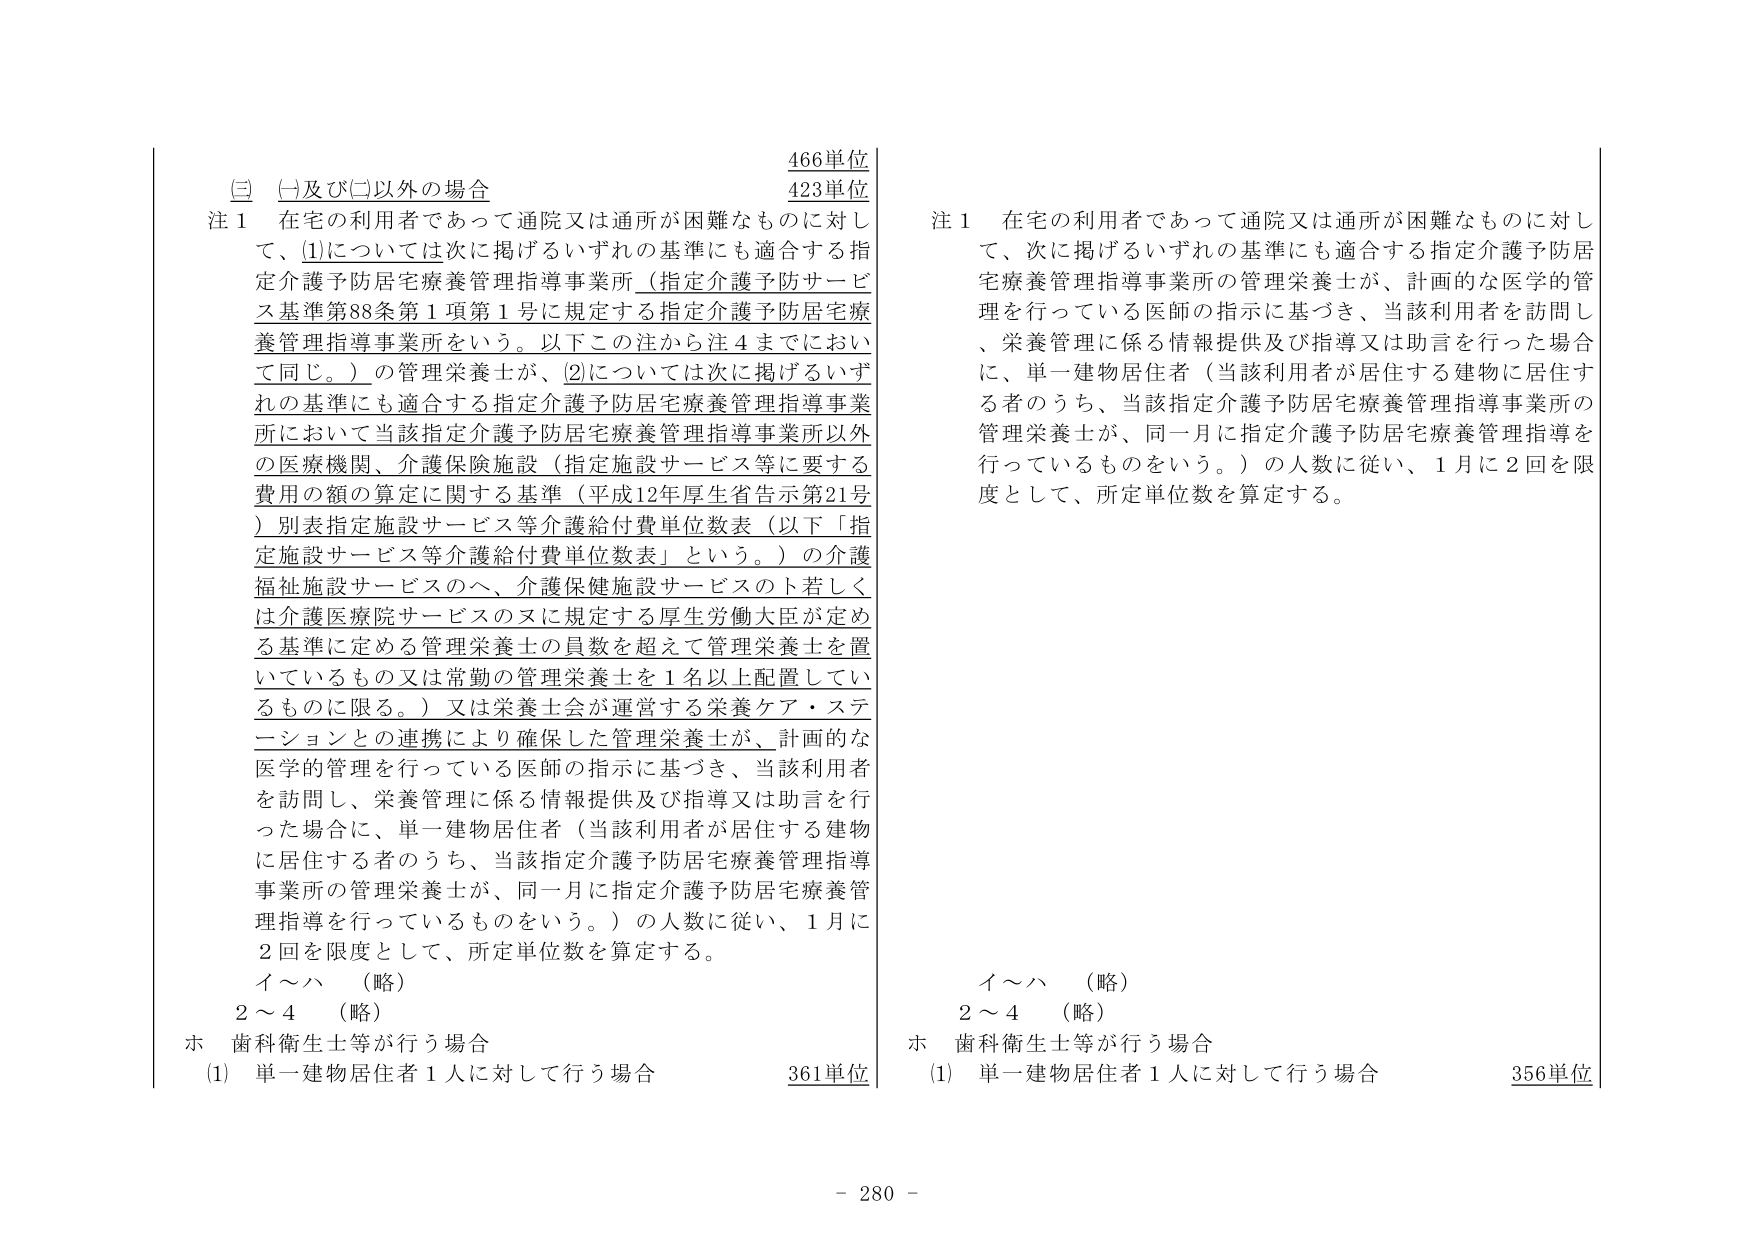
(三) (一及び二以外の場合)

注１ 在宅の利用者であって通院又は通所が困難なものに対して、(1)については次に掲げるいずれの基準にも適合する指定介護予防居宅療養管理指導事業所（指定介護予防サービス基準第88条第1項第1号に規定する指定介護予防居宅療養管理指導事業所をいう。以下この注から注4までにおいて同じ。）の管理栄養士が、(2)については次に掲げるいずれの基準にも適合する指定介護予防居宅療養管理指導事業所において当該指定介護予防居宅療養管理指導事業所以外の医療機関、介護保険施設（指定施設サービス等に要する費用の額の算定に関する基準（平成12年厚生省告示第21号）別表指定施設サービス等介護給付費単位数表（以下「指定施設サービス等介護給付費単位数表」という。）の介護福祉施設サービスのへ、介護保健施設サービスのト若しくは介護医療院サービスのヌに規定する厚生労働大臣が定める基準に定める管理栄養士の員数を超えて管理栄養士を置いているもの又は常勤の管理栄養士を1名以上配置しているものに限る。）又は栄養士会が運営する栄養ケア・ステーションとの連携により確保した管理栄養士が、計画的な医学的管理を行っている医師の指示に基づき、当該利用者を訪問し、栄養管理に係る情報提供及び指導又は助言を行った場合に、単一建物居住者（当該利用者が居住する建物に居住する者のうち、当該指定介護予防居宅療養管理指導事業所の管理栄養士が、同一月に指定介護予防居宅療養管理指導を行っているものをいう。）の人数に従い、1月に2回を限度として、所定単位数を算定する。

イ～ハ （略）
2～4 （略）

ホ 歯科衛生士等が行う場合
(1) 単一建物居住者1人に対して行う場合 361単位

466単位
423単位

注１ 在宅の利用者であって通院又は通所が困難なものに対して、次に掲げるいずれの基準にも適合する指定介護予防居宅療養管理指導事業所の管理栄養士が、計画的な医学的管理を行っている医師の指示に基づき、当該利用者を訪問し、栄養管理に係る情報提供及び指導又は助言を行った場合に、単一建物居住者（当該利用者が居住する建物に居住する者のうち、当該指定介護予防居宅療養管理指導事業所の管理栄養士が、同一月に指定介護予防居宅療養管理指導を行っているものをいう。）の人数に従い、1月に2回を限度として、所定単位数を算定する。

イ～ハ （略）
2～4 （略）

ホ 歯科衛生士等が行う場合
(1) 単一建物居住者1人に対して行う場合 356単位

- 280 -